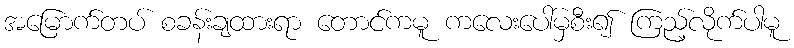
အမြောက်တပ် စခန်းချထားရာ တောင်ကမူ ကလေးပေါ်မှစီး၍ ကြည့်လိုက်ပါမူ